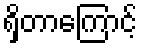
ရှိတာကြောင့်